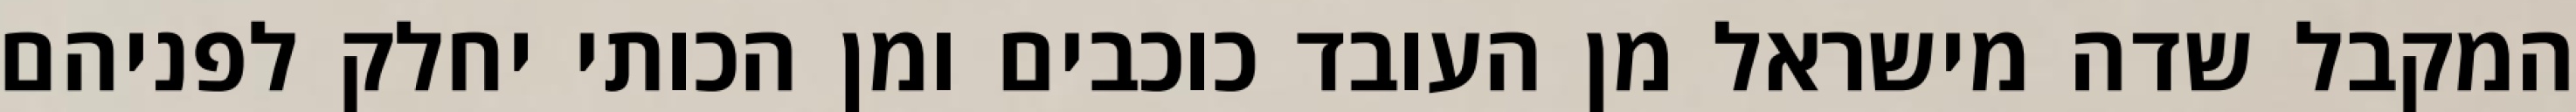
המקבל שדה מישראל מן העובד כוכבים ומן הכותי יחלק לפניהם